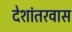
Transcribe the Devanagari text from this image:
देशांतरवास